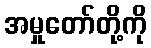
အမှုတော်တို့ကို